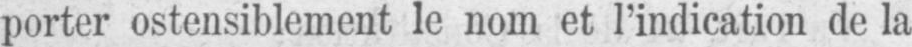
porter ostensiblement le nom et l’indication de la